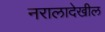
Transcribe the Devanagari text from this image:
नरालादेखील